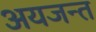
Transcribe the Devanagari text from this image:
अयजन्त